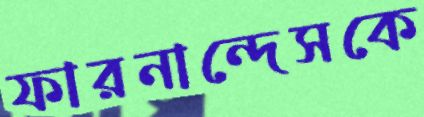
ফারনান্দেসকে